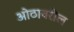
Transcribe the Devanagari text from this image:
ओठावरील